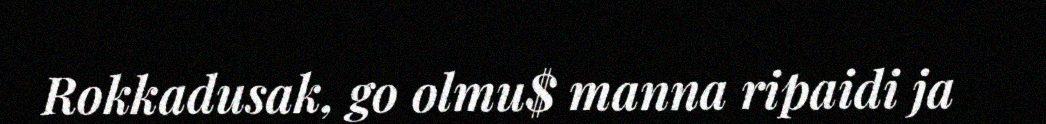
Rokkadusak, go olmu$ manna ripaidi ja